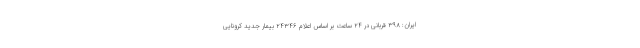
ایران: ۳۹۸ قربانی در ۲۴ ساعت بر اساس اعلام ۲۴۳۴۶ بیمار جدید کرونایی